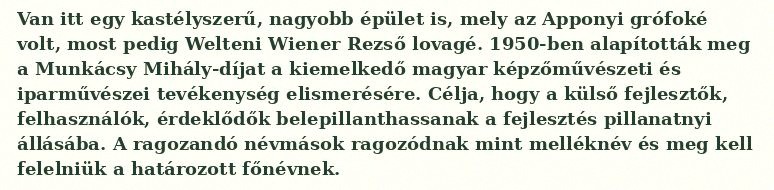
Van itt egy kastélyszerű, nagyobb épület is, mely az Apponyi grófoké volt, most pedig Welteni Wiener Rezső lovagé. 1950-ben alapították meg a Munkácsy Mihály-díjat a kiemelkedő magyar képzőművészeti és iparművészei tevékenység elismerésére. Célja, hogy a külső fejlesztők, felhasználók, érdeklődők belepillanthassanak a fejlesztés pillanatnyi állásába. A ragozandó névmások ragozódnak mint melléknév és meg kell felelniük a határozott főnévnek.